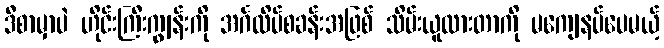
ဒီစာမှာပဲ ဟိုင်းကြီးကျွန်းကို အင်္ဂလိပ်စခန်းအဖြစ် သိမ်းယူထားတာကို မကျေနပ်ပေမယ့်